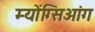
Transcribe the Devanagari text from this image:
म्योंग्सिओंग